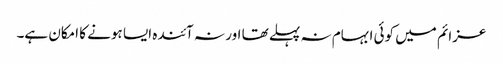
عزائم میں کوئی ابہام نہ پہلے تھا اور نہ آئندہ ایسا ہونے کا امکان ہے۔